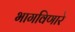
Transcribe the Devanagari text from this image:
भागविणारे